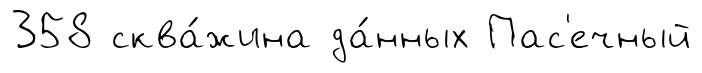
358 сква́жина да́нных Пас'ечный